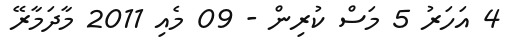
4 އަހަރު 5 މަސް ކުރިން - 09 މެއި 2011 މާދަމާރޭ